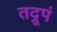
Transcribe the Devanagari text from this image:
तद्रूपं